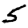
Digit: 5